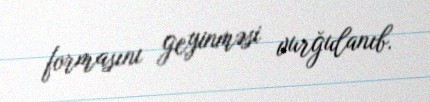
formasını geyinməsi vurğulanıb.